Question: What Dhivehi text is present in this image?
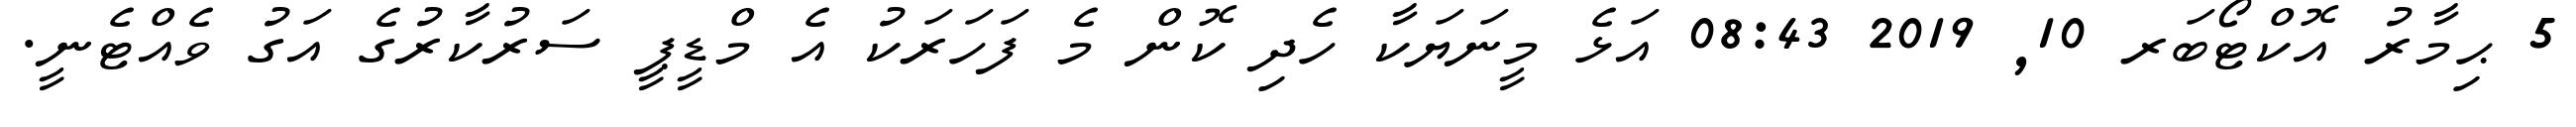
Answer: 5 ޙިމާރު އޮކްޓޯބަރ 10, 2019 08:43 އަޅެ މީނަޔަކާ ހެދި ކޮން މެ ފަހަރަކު އެ މްޑީޕީ ސަރުކާރުގެ އަގު ވެއްޓެނީ.